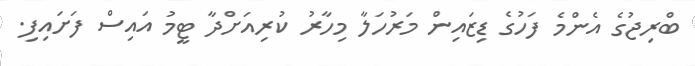
ބްރިޖުގެ އެންމެ ފަހުގެ ޑިޒައިން މަރުހަލާ މިހާރު ކުރިއަށްދާ ޓީމު އައިސް ފަށައިފި.